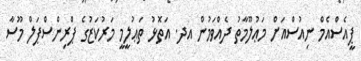
ޕީއެސްއެމް ނިއުސްއަށް މަޢުލޫމާތު ދެއްވަމުން އދ. އަތޮޅު ތަޢުލީމީ މަރުކަޒުގެ ޕްރިންސްޕަލް މޫސާ